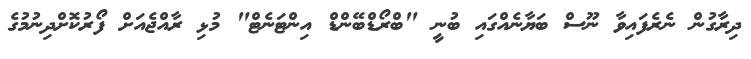
ދިރާގުން ނެރެފައިވާ ނޫސް ބަޔާނެއްގައި ބުނީ "ބްރޯޑްބޭންޑް އިންޓަނެޓް" މުޅި ރާއްޖެއަށް ފޯރުކޮށްދިނުމުގެ